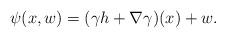
LaTeX: \begin{align*} \psi(x,w)=(\gamma h+\nabla\gamma)(x)+w.\end{align*}